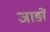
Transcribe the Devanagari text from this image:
जाङों